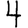
Digit: 4